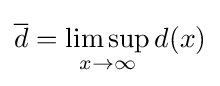
{\overline {d}}=\limsup _{x\to \infty }d(x)